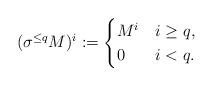
LaTeX: \begin{align*} (\sigma^{\le q}M)^i := \begin{cases} M^i & i \ge q, \\ 0 & i<q. \end{cases}\end{align*}